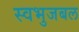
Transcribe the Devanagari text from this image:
स्वभुजबल